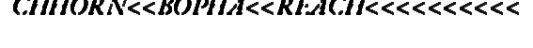
CHHORN<<BOPHA<<REACH<<<<<<<<<<